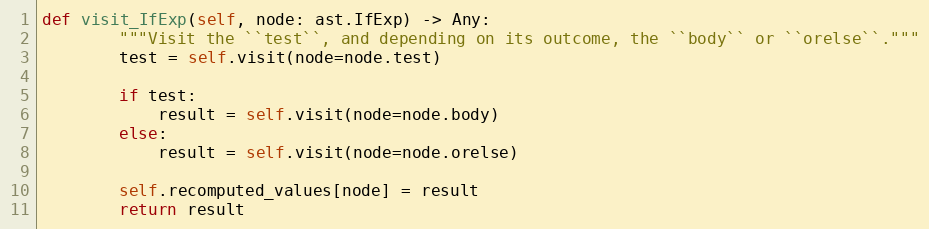
Language: Python
def visit_IfExp(self, node: ast.IfExp) -> Any:
        """Visit the ``test``, and depending on its outcome, the ``body`` or ``orelse``."""
        test = self.visit(node=node.test)

        if test:
            result = self.visit(node=node.body)
        else:
            result = self.visit(node=node.orelse)

        self.recomputed_values[node] = result
        return result